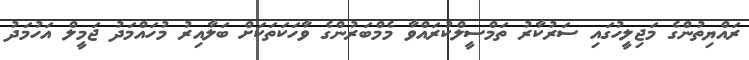
ރައްޔިތުންގެ މަޖިލީހުގައި ސަރުކާރު ތަމްސީލްކުރައްވާ މެމްބަރުންގެ ވާހަކަތަކަށް ބަލާއިރު މުހައްމަދު ޖަމީލް އަހުމަދު